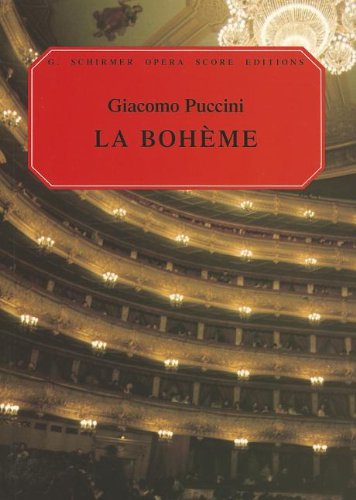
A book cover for La Boheme: Vocal Score (G. Schirmer Opera Score Editions); Ruth Martin; Humor & Entertainment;